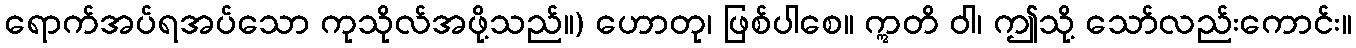
ရောက်အပ်ရအပ်သော ကုသိုလ်အဖို့သည်။) ဟောတု၊ ဖြစ်ပါစေ။ ဣတိ ဝါ၊ ဤသို့ သော်လည်းကောင်း။